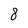
Character: 8